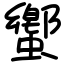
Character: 蠁